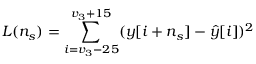
L ( n _ { s } ) = \sum _ { i = v _ { 3 } - 2 5 } ^ { v _ { 3 } + 1 5 } ( y [ i + n _ { s } ] - \hat { y } [ i ] ) ^ { 2 }